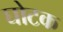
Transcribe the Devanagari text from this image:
घोटक